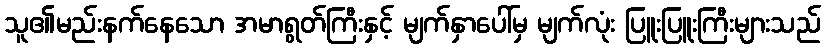
သူ၏မည်းနက်နေသော အမာရွတ်ကြီးနှင့် မျက်နှာပေါ်မှ မျက်လုံး ပြူးပြူးကြီးများသည်